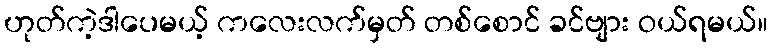
ဟုတ်ကဲ့ဒါပေမယ့် ကလေးလက်မှတ် တစ်စောင် ခင်ဗျား ဝယ်ရမယ်။